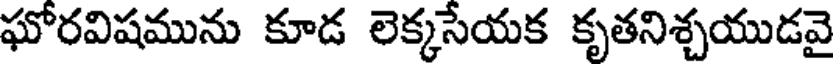
ఘోరవిషమును కూడ లెక్కసేయక కృతనిశ్చయుడవై